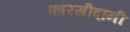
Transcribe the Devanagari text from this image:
फारसीदानी